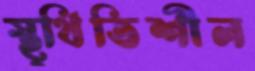
স্থ্থিতিশীল